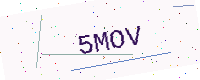
Text: 5MOV